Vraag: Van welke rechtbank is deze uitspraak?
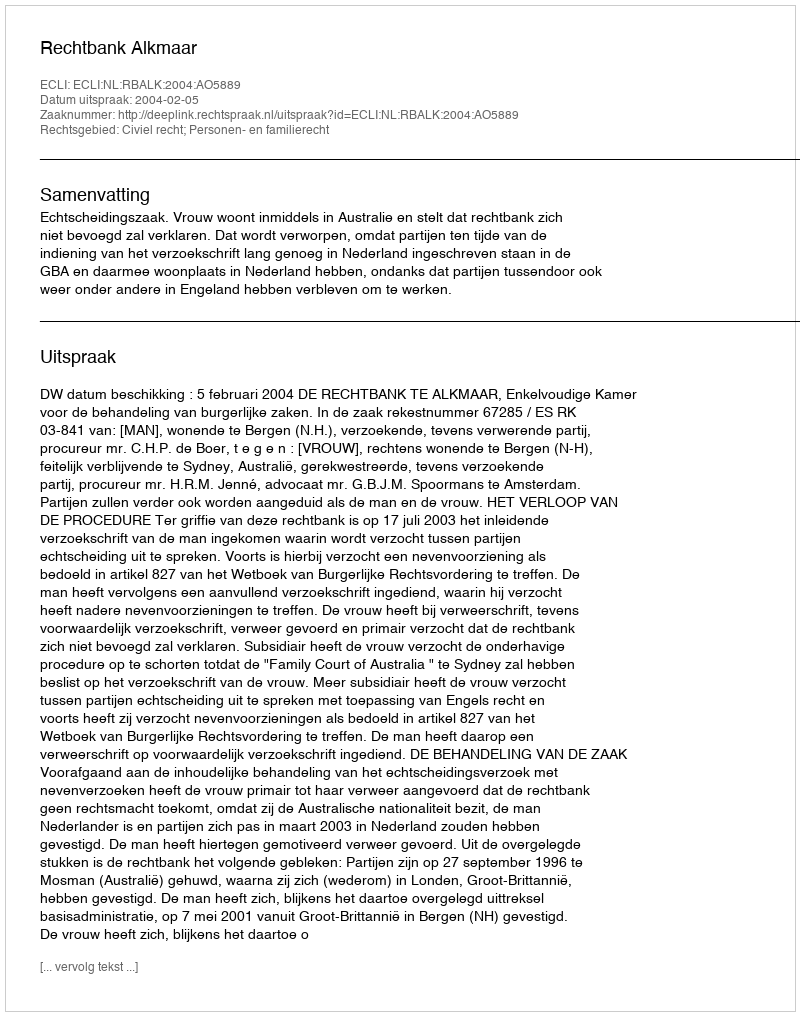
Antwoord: Rechtbank Alkmaar